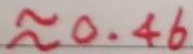
\approx 0 . 4 6